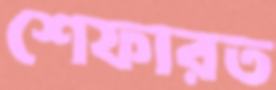
শেফারত